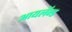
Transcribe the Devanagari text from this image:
आयलॅन्ड